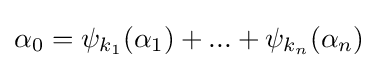
\alpha _{0}=\psi _{k_{1}}(\alpha _{1})+...+\psi _{k_{n}}(\alpha _{n})